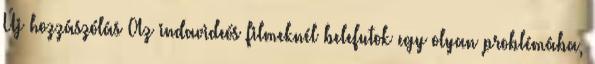
Új hozzászólás Az indavideós filmeknél belefutok egy olyan problémába,